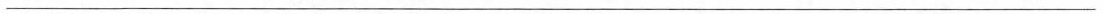
___